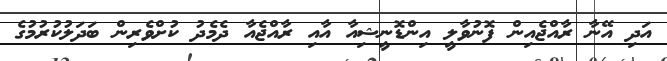
އަދި އޭނާ ރާއްޖެއިން ފޮނުވާލީ އިންޑޮނީޝިއާ އާއި ރާއްޖެއާ ދެމެދު ކުށްވެރިން ބަދަލުކުރުމުގެ